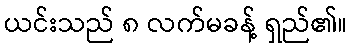
ယင်းသည် ၈ လက်မခန့် ရှည်၏။